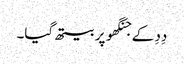
دِدِ کے جنگھو پر بیتھ گیا۔